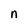
Character: n